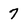
Character: 7